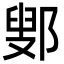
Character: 鄋